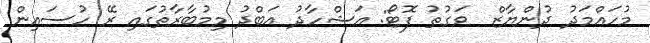
މުހައްމަދު ދުންޔާޒް  ވަގުތު ފޮޓޯ: އަޝްހާދު އަބްދު މިމުބާރާތުގައި ރޭ ހުސައިން